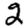
Digit: 2